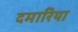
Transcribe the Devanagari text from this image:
दमारिया